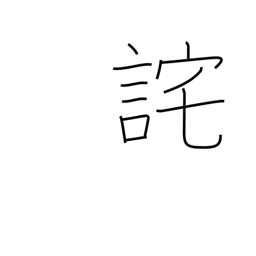
Meaning: apologize